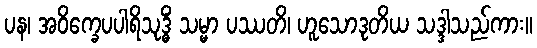
ပန၊ အဝိက္ခေပပါရိသုဒ္ဓိံ သမ္မာ ပဿတိ၊ ဟူသောဒုတိယ သဒ္ဒါသည်ကား။